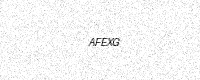
Text: AFEXG